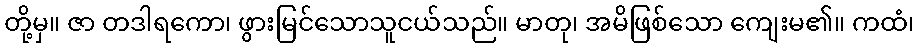
တို့မှ။ ဇာ တဒါရကော၊ ဖွားမြင်သောသူငယ်သည်။ မာတု၊ အမိဖြစ်သော ကျေးမ၏။ ကထံ၊